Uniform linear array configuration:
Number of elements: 16
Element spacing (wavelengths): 0.5
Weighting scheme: binomial
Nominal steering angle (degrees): -15
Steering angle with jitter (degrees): -14.337
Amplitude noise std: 0.05
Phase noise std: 0.05

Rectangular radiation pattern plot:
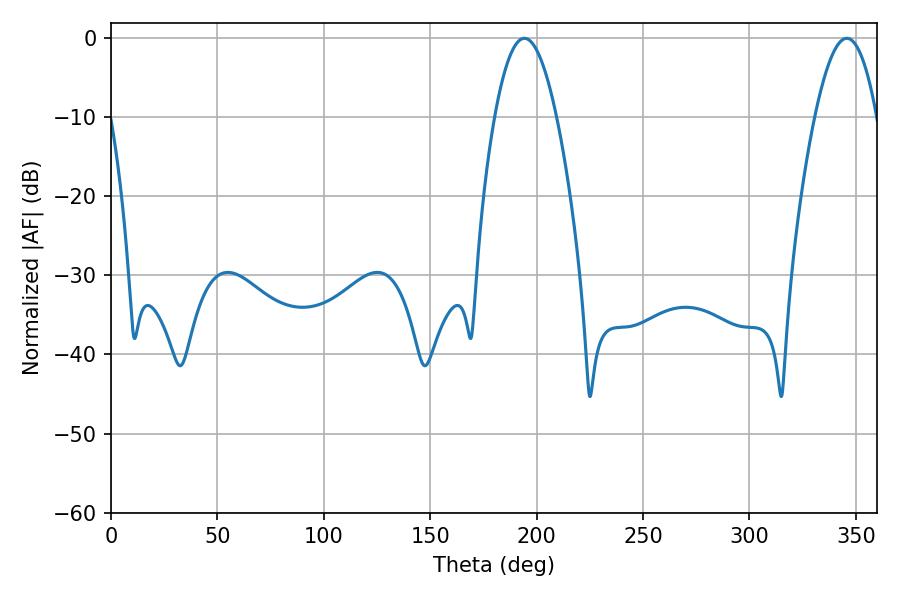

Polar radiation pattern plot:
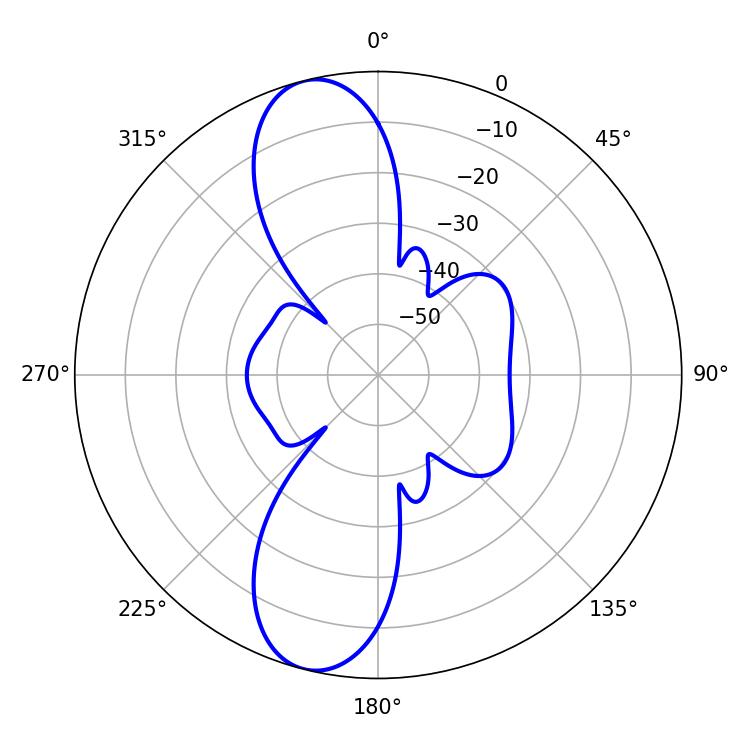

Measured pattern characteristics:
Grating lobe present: FALSE
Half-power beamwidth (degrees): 15.84
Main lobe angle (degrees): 194.22